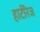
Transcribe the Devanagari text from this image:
हार्टरिज